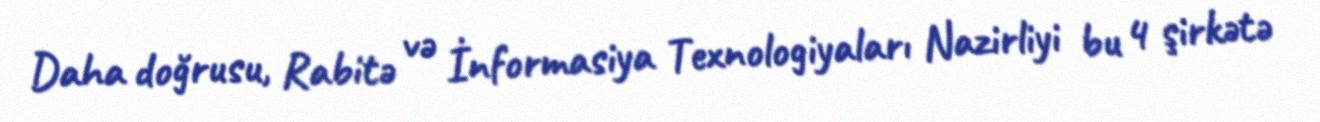
Daha doğrusu, Rabitə və İnformasiya Texnologiyaları Nazirliyi bu 4 şirkətə